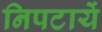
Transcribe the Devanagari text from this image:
निपटायें